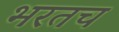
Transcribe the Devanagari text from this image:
भरतच